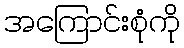
အကြောင်းစုံကို